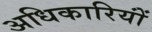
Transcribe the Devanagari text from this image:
अधिकारियोंं